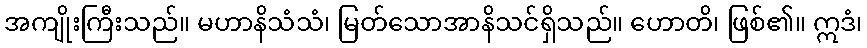
အကျိုးကြီးသည်။ မဟာနိသံသံ၊ မြတ်သောအာနိသင်ရှိသည်။ ဟောတိ၊ ဖြစ်၏။ ဣဒံ၊